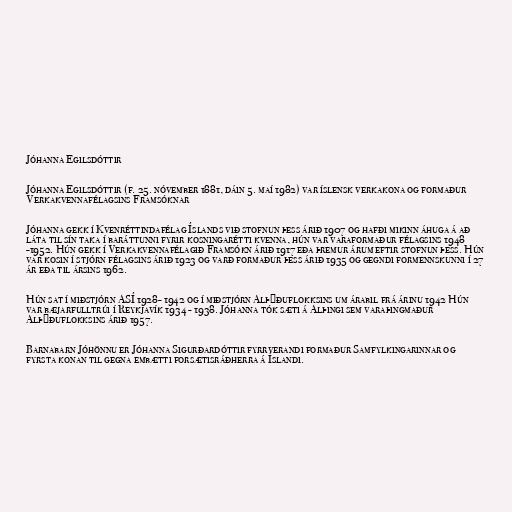
Jóhanna Egilsdóttir

Jóhanna Egilsdóttir (f. 25. nóvember 1881, dáin 5. maí 1982) var íslensk verkakona og formaður
Verkakvennafélagsins Framsóknar

Jóhanna gekk í Kvenréttindafélag Íslands við stofnun þess árið 1907 og hafði mikinn áhuga á að
láta til sín taka í baráttunni fyrir kosningarétti kvenna, hún var varaformaður félagsins 1948
-1952. Hún gekk í Verkakvennafélagið Framsókn árið 1917 eða þremur árum eftir stofnun þess. Hún
var kosin í stjórn félagsins árið 1923 og varð formaður þess árið 1935 og gegndi formennskunni í 27
ár eða til ársins 1962.

Hún sat í miðstjórn ASÍ 1928- 1942 og í miðstjórn Alþýðuflokksins um árabil frá árinu 1942 Hún
var bæjarfulltrúi í Reykjavík 1934 - 1938. Jóhanna tók sæti á Alþingi sem varaþingmaður
Alþýðuflokksins árið 1957.

Barnabarn Jóhönnu er Jóhanna Sigurðardóttir fyrrverandi formaður Samfylkingarinnar og
fyrsta konan til gegna embætti forsætisráðherra á Íslandi.